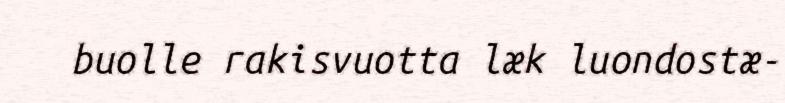
buolle rakisvuotta læk luondostæ-